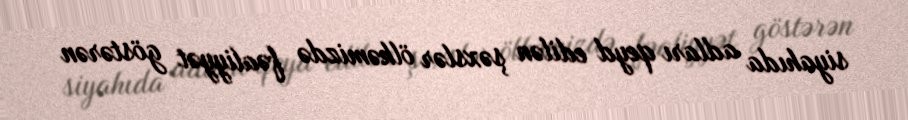
siyahıda adları qeyd edilən şəxslər ölkəmizdə fəaliyyət göstərən